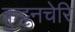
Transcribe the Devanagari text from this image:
कुट्टनचेरि